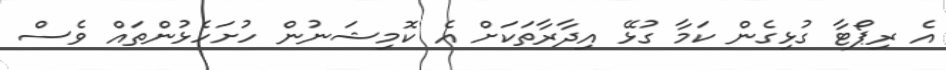
އެ ރިޕޯޓާ ގުޅިގެން ކަމާ ގުޅޭ އިދާރާތަކަށް އެ ކޮމިޝަނުން ހުށަހެޅުންތައް ވެސް